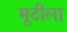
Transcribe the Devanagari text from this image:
मूठीला